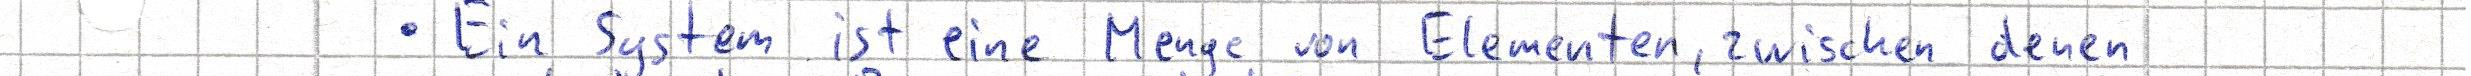
- Ein System ist eine Menge von Elementen, zwischen denen